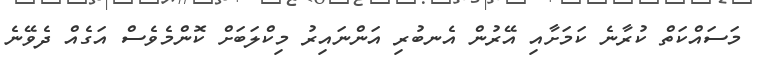
މަސައްކަތް ކުރާނެ ކަމަށާއި އޭރުން އެނބުރި އަންނައިރު މިކްލަބަށް ކޮންމެވެސް އަގެއް ދެވޭނެ